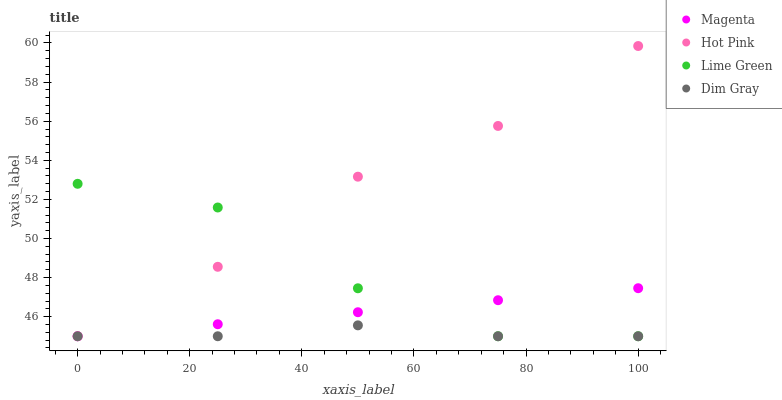
| xaxis_label | Magenta | Hot Pink | Lime Green | Dim Gray |
 | --- | --- | --- | --- | --- |
 | 0 | 45 | 45 | 52.8 | 45 |
 | 25 | 45.6 | 48.6 | 51.6 | 45 |
 | 50 | 46.2 | 53.2 | 47.5 | 45.6 |
 | 75 | 46.8 | 55.8 | 45 | 45 |
 | 100 | 47.5 | 59.8 | 45 | 45 |